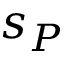
s _ { P }